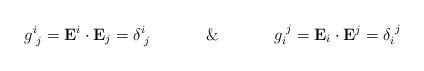
LaTeX: \begin{align*}g_{\,\,j}^{i}=\mathbf{E}^{i}\cdot\mathbf{E}_{j}=\delta_{\,\,j}^{i}\,\,\,\,\,\,\,\,\,\,\,\,\,\,\,\,\,\,\,\,\&\,\,\,\,\,\,\,\,\,\,\,\,\,\,\,\,\,\,\,\,g_{i}^{\,\,j}=\mathbf{E}_{i}\cdot\mathbf{E}^{j}=\delta_{i}^{\,\,j}\end{align*}